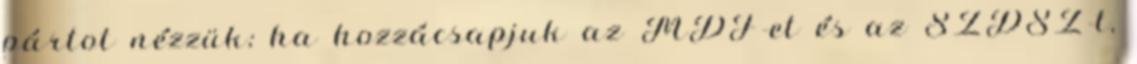
pártot nézzük; ha hozzácsapjuk az MDF-et és az SZDSZ-t,